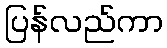
ပြန်လည်ကာ